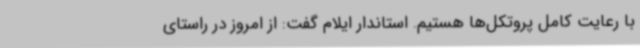
با رعایت کامل پروتکل‌ها هستیم. استاندار ایلام گفت: از امروز در راستای